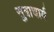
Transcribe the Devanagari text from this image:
सुत्राचार्य